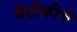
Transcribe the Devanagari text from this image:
बैठीकीचे